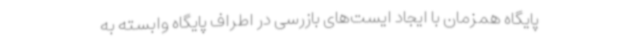
پایگاه همزمان با ایجاد ایست‌های بازرسی در اطراف پایگاه وابسته به